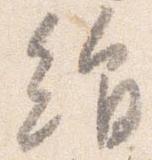
絹